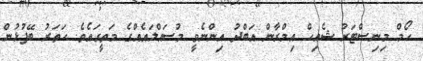
ހޯމް މިނިސްޓަރު ޝެއިހް އިމްރާން އަބްދު އިންނެވީ މުސައްލައެއްގެ މަތީގައެވެ. ހަތަރު ބޭފުޅުން